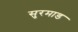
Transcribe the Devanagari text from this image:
सुरमाड